Note on the mental hospitals in Burma - 1925-1940
Year: 1925
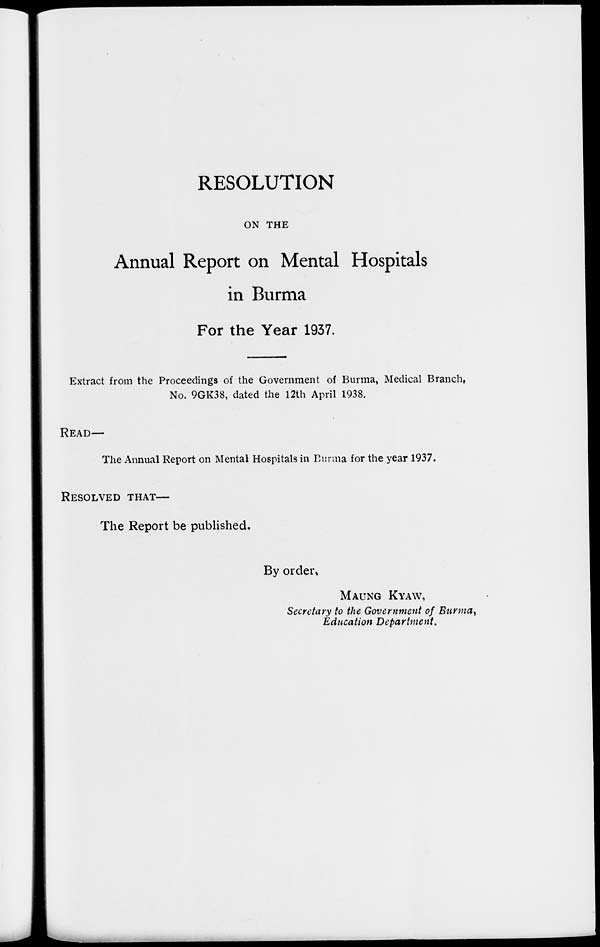
RESOLUTION
ON THE
Annual Report on Mental Hospitals
in Burma
For the Year 1937.
Extract from the Proceedings of the Government of Burma, Medical Branch,
No. 9GK38, dated the 12th April 1938.
READ—
The Annual Report on Mental Hospitals in Burma for the year 1937.
RESOLVED THAT—
The Report be published.
By order,
MAUNG KYAW,
Secretary to the Government of Burma,
Education Department.